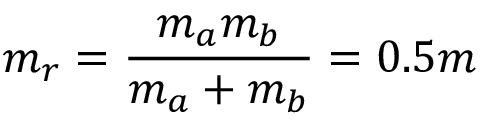
m _ { r } = \frac { m _ { a } m _ { b } } { m _ { a } + m _ { b } } = 0 . 5 m